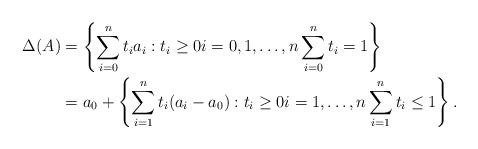
LaTeX: \begin{align*}\Delta(A) & = \left\{ \sum_{i=0}^n t_i a_i : t_i \geq 0 i=0,1,\ldots, n \sum_{i=0}^n t_i = 1 \right\} \\& = a_0 + \left\{ \sum_{i=1}^n t_i (a_i - a_0) : t_i \geq 0 i= 1,\ldots, n \sum_{i=1}^n t_i \leq 1 \right\}. \end{align*}